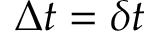
\Delta t = \delta t